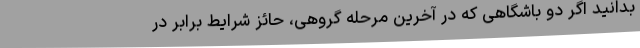
بدانید اگر دو باشگاهی که در آخرین مرحله گروهی، حائز شرایط برابر در